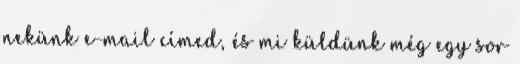
nekünk e-mail címed, és mi küldünk még egy sor